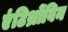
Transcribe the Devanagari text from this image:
एंटिथ्रोंबिन